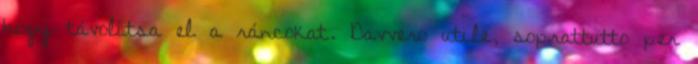
hogy távolítsa el a ráncokat. Davvero utile, soprattutto per